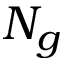
N _ { g }